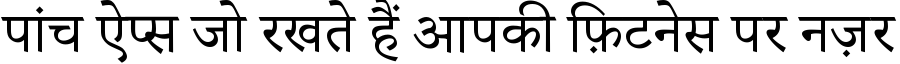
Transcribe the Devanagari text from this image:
पांच ऐप्स जो रखते हैं आपकी फ़िटनेस पर नज़र